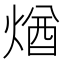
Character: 煪